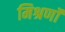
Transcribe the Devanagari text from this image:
मिश्रणॉं